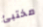
مختبئ